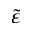
\widetilde \varepsilon